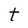
Character: t